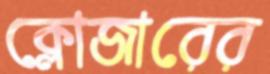
ক্লোজারের